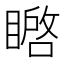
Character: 𭿚